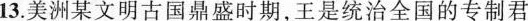
13.美洲某文明古国鼎盛时期，王是统治全国的专制君